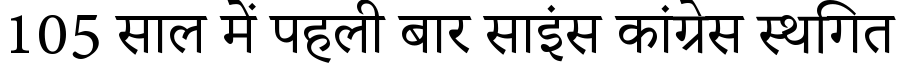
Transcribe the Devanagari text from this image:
105 साल में पहली बार साइंस कांग्रेस स्थगित